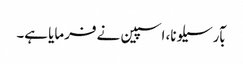
بآرسیلونا، اسپین نے فرمایا ہے۔